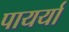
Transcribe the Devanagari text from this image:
पायर्या